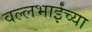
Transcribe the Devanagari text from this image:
वल्लभाईंच्या